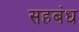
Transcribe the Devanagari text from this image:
सहबंध